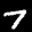
Label: 7